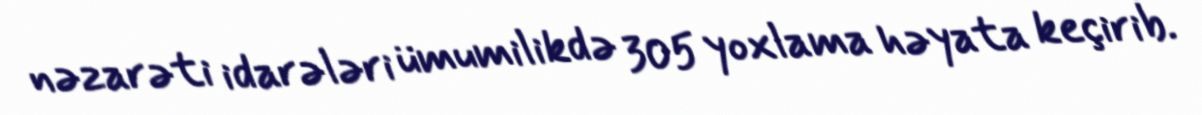
nəzarəti idarələri ümumilikdə 305 yoxlama həyata keçirib.